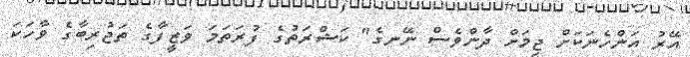
އޭރު އަންހެނަކަށް ޖިމަށް ދާންވެސް ނޭނގެ" ކަޝްރަތުގެ ފުރަތަމަ ވަޒީފާގެ ތަޖުރިބާގެ ވާހަކަ